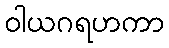
ဝါယဂရဟကာ